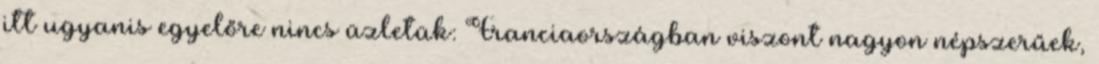
itt ugyanis egyelőre nincs üzletük: Franciaországban viszont nagyon népszerűek,